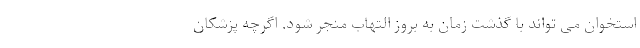
استخوان می تواند با گذشت زمان به بروز التهاب منجر شود. اگرچه پزشکان